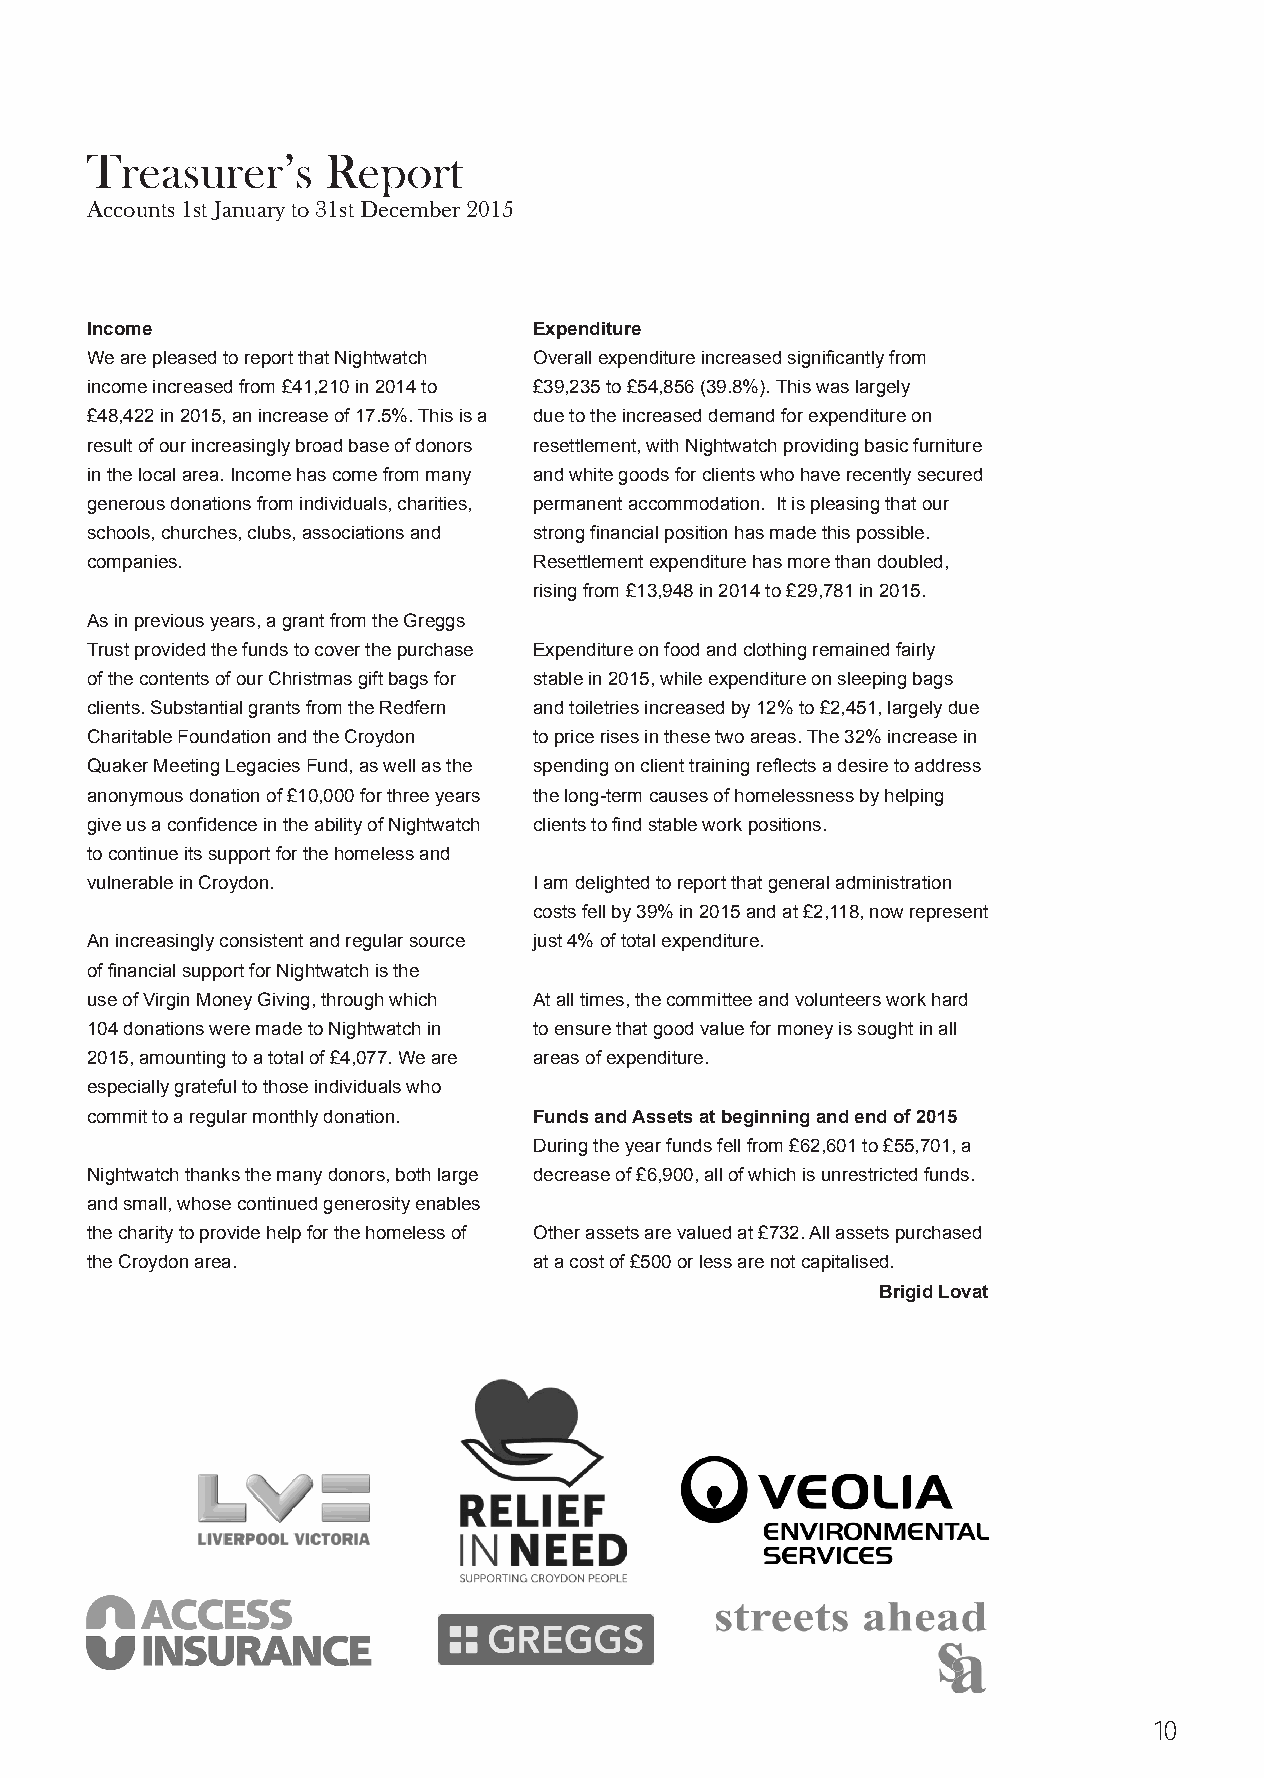
Treasurer’s     Report
 Accounts 1st January to 31st December 2015
 Income                       Expenditure
 We are pleased to report that Nightwatch Overall expenditure increased significantly from
 income increased from £41,210 in 2014 to £39,235 to £54,856 (39.8%). This was largely
 £48,422 in 2015, an increase of 17.5%. This is a due to the increased demand for expenditure on
 result of our increasingly broad base of donors resettlement, with Nightwatch providing basic furniture
 in the local area. Income has come from many and white goods for clients who have recently secured
 generous donations from individuals, charities, permanent accommodation. It is pleasing that our
 schools, churches, clubs, associations and strong financial position has made this possible.
 companies.                   Resettlement expenditure has more than doubled,
 rising from £13,948 in 2014 to £29,781 in 2015.
 As in previous years, a grant from the Greggs
 Trust provided the funds to cover the purchase Expenditure on food and clothing remained fairly
 of the contents of our Christmas gift bags for stable in 2015, while expenditure on sleeping bags
 clients. Substantial grants from the Redfern and toiletries increased by 12% to £2,451, largely due
 Charitable Foundation and the Croydon to price rises in these two areas. The 32% increase in
 Quaker Meeting Legacies Fund, as well as the spending on client training reflects a desire to address
 anonymous donation of £10,000 for three years the long-term causes of homelessness by helping
 give us a confidence in the ability of Nightwatch clients to find stable work positions.
 to continue its support for the homeless and
 vulnerable in Croydon.       I am delighted to report that general administration
 costs fell by 39% in 2015 and at £2,118, now represent
 An increasingly consistent and regular source just 4% of total expenditure.
 of financial support for Nightwatch is the
 use of Virgin Money Giving, through which At all times, the committee and volunteers work hard
 104 donations were made to Nightwatch in to ensure that good value for money is sought in all
 2015, amounting to a total of £4,077. We are areas of expenditure.
 especially grateful to those individuals who
 commit to a regular monthly donation. Funds and Assets at beginning and end of 2015
 During the year funds fell from £62,601 to £55,701, a
 Nightwatch thanks the many donors, both large decrease of £6,900, all of which is unrestricted funds.
 and small, whose continued generosity enables
 the charity to provide help for the homeless of Other assets are valued at £732. All assets purchased
 the Croydon area.            at a cost of £500 or less are not capitalised.
 Brigid Lovat
 10